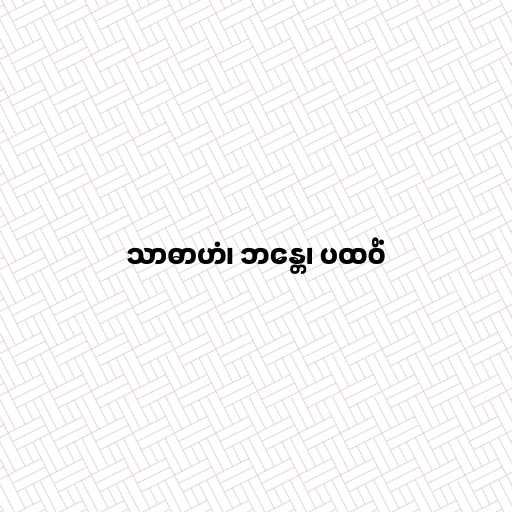
သာဓာဟံ၊ ဘန္တေ၊ ပထဝိံ